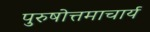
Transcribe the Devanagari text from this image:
पुरुषोत्तमाचार्य